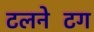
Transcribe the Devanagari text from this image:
टलनेटिंग